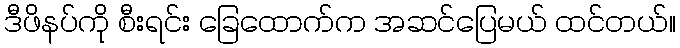
ဒီဖိနပ်ကို စီးရင်း ခြေထောက်က အဆင်ပြေမယ် ထင်တယ်။